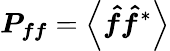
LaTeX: \boldsymbol{P_{ff}}=\left\langle\boldsymbol{\hat{f}}\boldsymbol{\hat{f}}^{*}\right\rangle